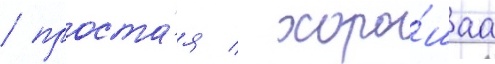
/ проста́я / хоро́шаа